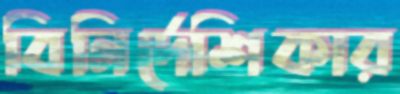
বিনির্দেশিকার